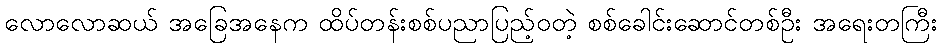
လောလောဆယ် အခြေအနေက ထိပ်တန်းစစ်ပညာပြည့်ဝတဲ့ စစ်ခေါင်းဆောင်တစ်ဦး အရေးတကြီး